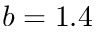
b = 1 . 4